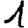
Digit: 1